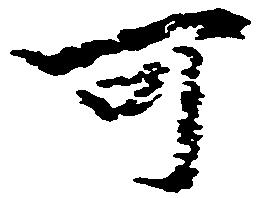
可